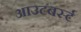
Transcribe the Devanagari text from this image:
आउटबर्स्ट